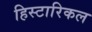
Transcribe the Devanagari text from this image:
हिस्टारिकल